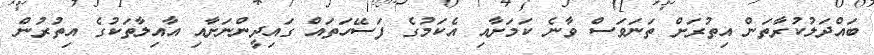
ބައްދަލުކުރާތަން އިތުރަށް ތަނަވަސް ވާނެ ކަމަށާއި އެކަމުގެ ފަސޭހަތައް ގައިދީންނަށާއި އާއިލާތަކުގެ އިތުރުން